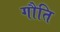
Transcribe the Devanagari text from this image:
गौति